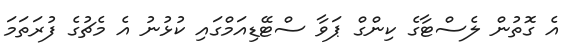
އެ ގޮތުން ލެސްޓާގެ ކިންގް ޕަވާ ސްޓޭޑިއަމްގައި ކުޅުނު އެ މެޗުގެ ފުރަތަމަ